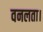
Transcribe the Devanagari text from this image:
वनलता।